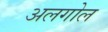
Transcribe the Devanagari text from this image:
अलगोल